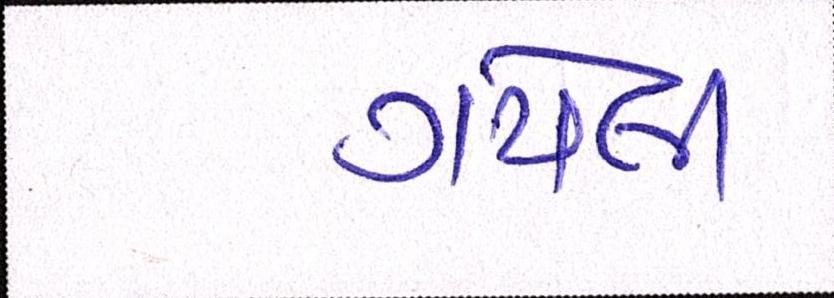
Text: ગયેલી